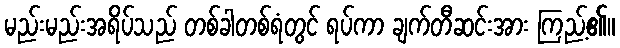
မည်းမည်းအရိပ်သည် တစ်ခါတစ်ရံတွင် ရပ်ကာ ချက်တီဆင်းအား ကြည့်၏။